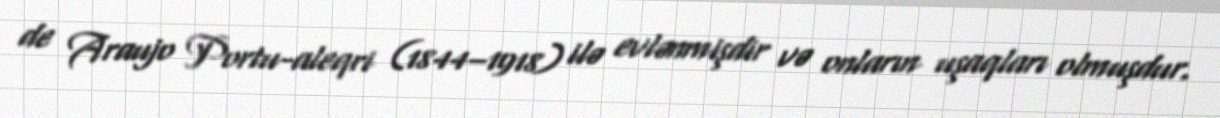
de Araujo Portu-aleqri (1844–1918) ilə evlənmişdir və onların uşaqları olmuşdur.